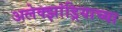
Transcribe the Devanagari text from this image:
अलेक्झांड्रियाच्या